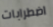
اضطرابات